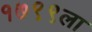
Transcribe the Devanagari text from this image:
१७९९ला